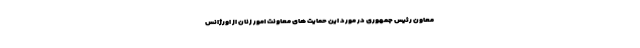
معاون رئیس جمهوری در مورد این حمایت های معاونت امور زنان از اورژانس